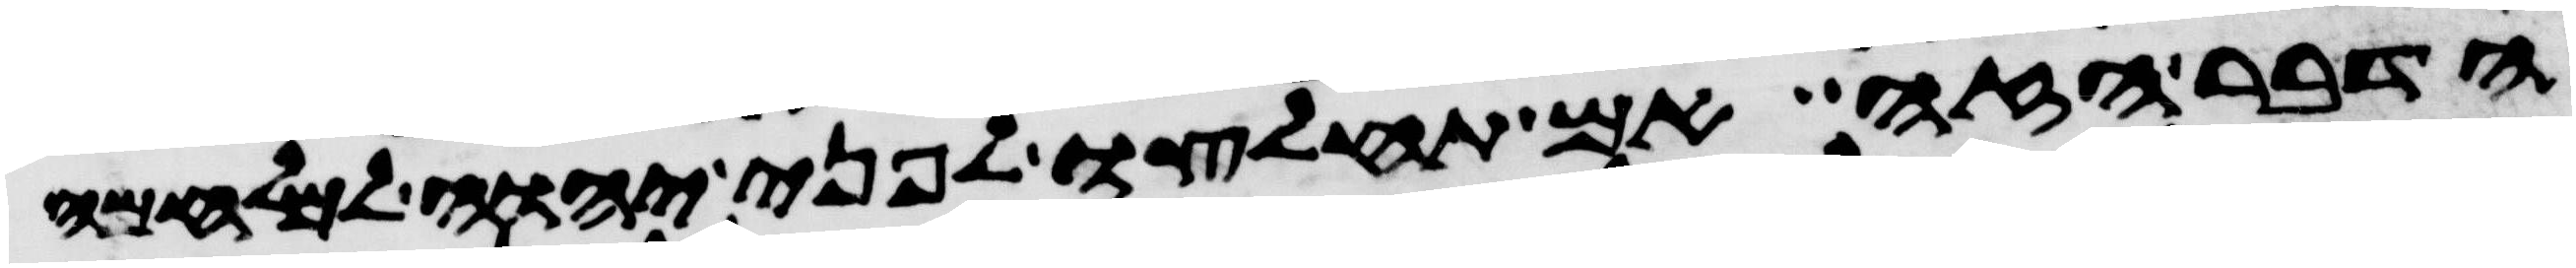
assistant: הדבר הזה ואם תחלצו לפני יהוה למלחמה